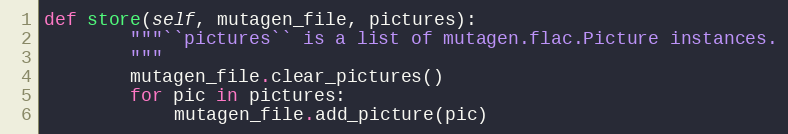
Language: Python
def store(self, mutagen_file, pictures):
        """``pictures`` is a list of mutagen.flac.Picture instances.
        """
        mutagen_file.clear_pictures()
        for pic in pictures:
            mutagen_file.add_picture(pic)